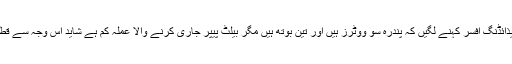
بوتھ کے اندر پریذائڈنگ افسر کہنے لگیں کہ پندرہ سو ووٹرز ہیں اور تین بوتھ ہیں مگر بیلٹ پیپر جاری کرنے والا عملہ کم ہے شاید اس وجہ سے قطار لگ گئی ہے ۔